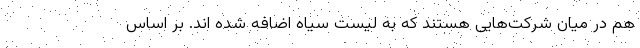
هم در میان شرکت‌هایی هستند که به لیست سیاه اضافه شده اند. بر اساس